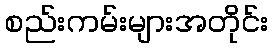
စည်းကမ်းများအတိုင်း